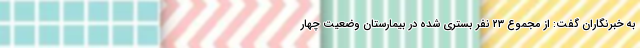
به خبرنگاران گفت: از مجموع ۲۳ نفر بستری شده در بیمارستان وضعیت چهار